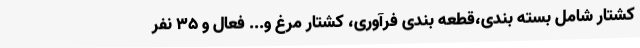
کشتار شامل بسته بندی،قطعه بندی فرآوری، کشتار مرغ و... فعال و 35 نفر